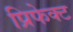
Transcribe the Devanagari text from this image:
प्रिफेक्ट